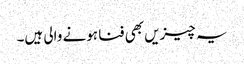
یہ چیزیں بھی فنا ہونے والی ہیں۔